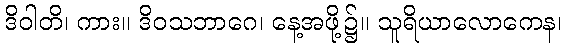
ဒိဝါတိ၊ ကား။ ဒိဝသဘာဂေ၊ နေ့အဖို့၌။ သူရိယာလောကေန၊